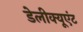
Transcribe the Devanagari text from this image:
डेलीक्यूएंट